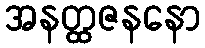
အနတ္ထဇနနော